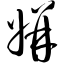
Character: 姘